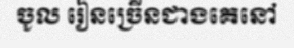
ចូល រៀនច្រើនជាងគេនៅ